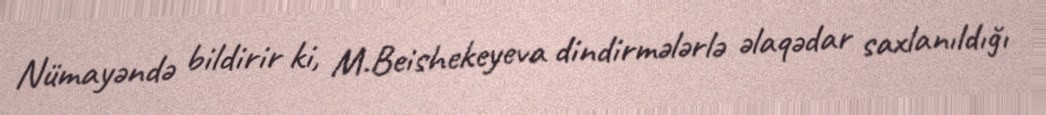
Nümayəndə bildirir ki, M.Beishekeyeva dindirmələrlə əlaqədar saxlanıldığı